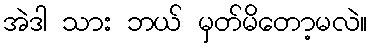
အဲဒါ သား ဘယ် မှတ်မိတော့မလဲ။